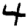
Digit: 4